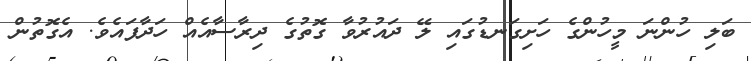
ބަލި ހުންނަ މީހުންގެ ހަށިގަނޑުގައި ލޭ ދައުރުވާ ގޮތުގެ ދިރާސާއެއް ހަދާފައެވެ. އެގޮތުން